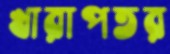
খারাপতর